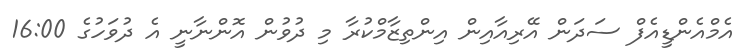
އެމްއެންޑީއެފް ސަދަން އޭރިއާއިން އިންތިޒާމްކުރާ މި ދުވުން އޮންނާނީ އެ ދުވަހުގެ 16:00